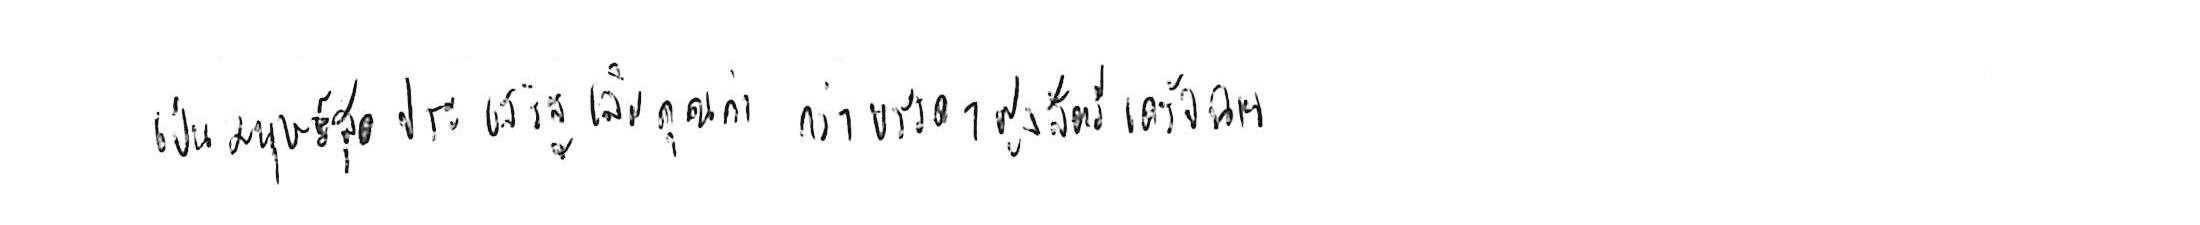
เป็นมนุษย์สุดประเสริฐเลิศคุณค่า กว่าบรรดาฝูงสัตว์เดรัจฉาน